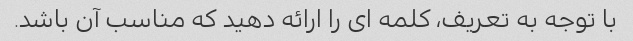
با توجه به تعریف، کلمه ای را ارائه دهید که مناسب آن باشد.